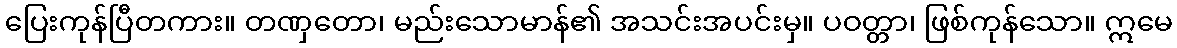
ပြေးကုန်ပြီတကား။ တဏှတော၊ မည်းသောမာန်၏ အသင်းအပင်းမှ။ ပဝတ္တာ၊ ဖြစ်ကုန်သော။ ဣမေ